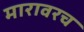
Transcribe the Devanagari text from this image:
मारावरच